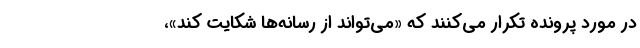
در مورد پرونده تکرار می‌کنند که «می‌تواند از رسانه‌ها شکایت کند»،